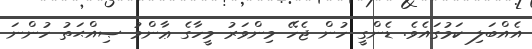
އެއްބަލި ކަމުގައެވެ. ޑެންގީ ހުން ޖެހޭ މިންވަރު މީހާގެ ޢާންމު ޞިއްޙަތު ހުންނަ